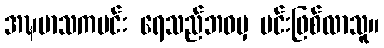
အဍ္ဎမာသကမင်း ရေသည်ဘဝမှ မင်းဖြစ်လာသူ။